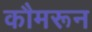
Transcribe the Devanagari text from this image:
कौमरून